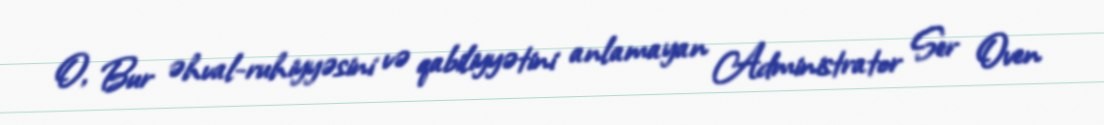
O, Bur əhval-ruhiyyəsini və qabiliyyətini anlamayan Administrator Ser Oven